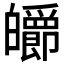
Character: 𤾽